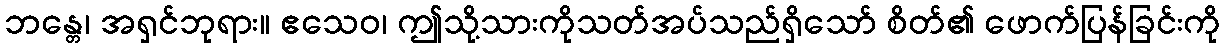
ဘန္တေ၊ အရှင်ဘုရား။ ဧသေဝ၊ ဤသို့သားကိုသတ်အပ်သည်ရှိသော် စိတ်၏ ဖောက်ပြန်ခြင်းကို